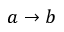
a \rightarrow b